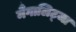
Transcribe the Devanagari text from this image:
मैंगालिट्जा